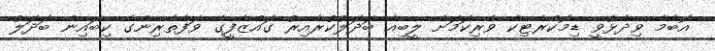
އޮބާމާ ވިދާޅުވީ ޑިމޮކްރެޓިކް ވެރިކަމަށް ލީބިއާ ބަދަލުކުރާއިރު ގައްޒާފީގެ ވަފާތެރިންގެ ކިބައިން ބަދަލު